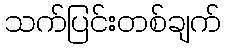
သက်ပြင်းတစ်ချက်